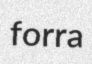
forra